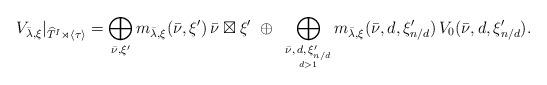
LaTeX: \begin{align*} V_{\bar{\lambda}, \xi}|_{\widehat{T}^I \rtimes \langle \tau \rangle} = \bigoplus_{\bar{\nu}, \xi'} m_{\bar{\lambda}, \xi}(\bar{\nu}, \xi') \, \bar{\nu} \boxtimes \xi' ~ \oplus ~ \bigoplus_{\underset{d > 1}{\bar{\nu},\,d,\,\xi'_{n/d}}} m_{\bar{\lambda}, \xi}(\bar{\nu}, d, \xi'_{n/d}) \, V_0(\bar{\nu}, d,\xi'_{n/d}).\end{align*}